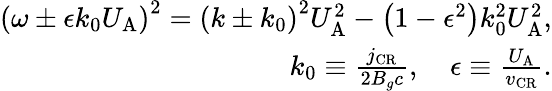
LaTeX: \begin{array}{r}{\left(\omega\pm\epsilon k_{0}U_{\mathrm{A}}\right)^{2}=\left(k\pm k_{0}\right)^{2}U_{\mathrm{A}}^{2}-\left(1-\epsilon^{2}\right)k_{0}^{2}U_{\mathrm{A}}^{2},}\\ {k_{0}\equiv\frac{j_{\mathrm{CR}}}{2B_{g}c},\quad\epsilon\equiv\frac{U_{\mathrm{A}}}{v_{\mathrm{CR}}}.}\end{array}